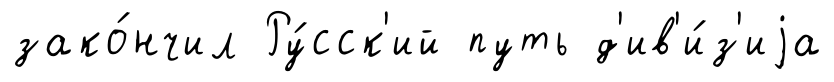
зако́нчил Ру́сск'ий путь д'ив'и́з'иjа